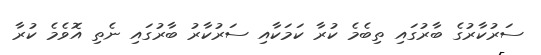
ސަރުކާރުގެ ބާރުގައި ތިބެމެ ކުރާ ކަމަކާއި ސަރުކާރު ބާރުގައި ނެތި އޮވެމެ ކުރާ